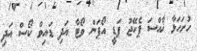
ހުށަހަޅާ ޚާއްސަ ޕެކޭޖު ޕަޑީ އޯޕަން ވޯޓާ އަދި ޑައިވް ކޯސް އަދި